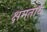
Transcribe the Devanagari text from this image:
क्षमतायें